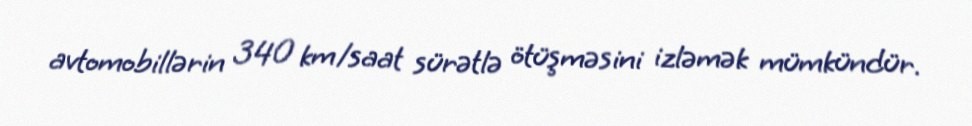
avtomobillərin 340 km/saat sürətlə ötüşməsini izləmək mümkündür.